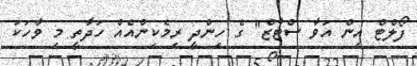
ފޯލްޓް އިން އަވާ ސްޓާޒް" ގެ ހިންދީ ރިމެކިންއެއް ހަދާތީ މި ވާހަކަ